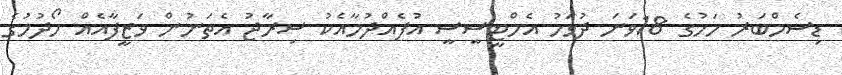
ޑިސެމްބަރު މަހުގެ 18ވަަނަ ދުވަހު އެމްޓީސީސީ އުފެއްދުމާއެކު ސިރާޖު އެތަނުން ވަޒީފާއެއް ހޯދުމުގެ